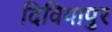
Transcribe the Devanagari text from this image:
दिवियापुर